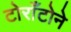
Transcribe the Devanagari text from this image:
टोराँटोने